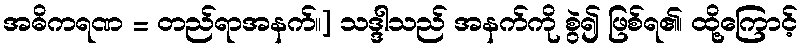
အဓိကရဏ = တည်ရာအနက်။] သဒ္ဒါသည် အနက်ကို စွဲ၍ ဖြစ်ရ၏၊ ထို့ကြောင့်